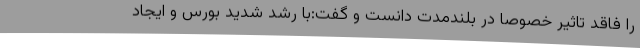
را فاقد تاثیر خصوصا در بلندمدت دانست و گفت:با رشد شدید بورس و ایجاد